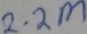
Text: 2.2M